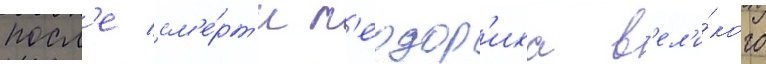
посл'е см'е́рт'и т'еодор'иха в'ел'и́кого